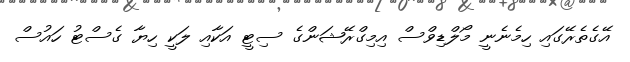
އޭގެތެރޭގައި ހިމެނެނީ މޯލްޑިވްސް އިމިގްރޭޝަންގެ ސިޓީ އަކާއި ލަކީ ހިޔާ ގެސްޓު ހައުސް